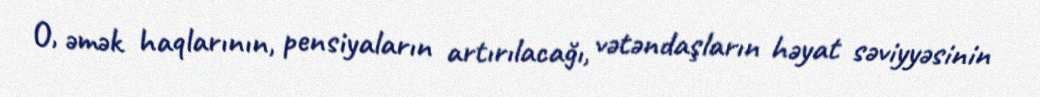
O, əmək haqlarının, pensiyaların artırılacağı, vətəndaşların həyat səviyyəsinin